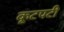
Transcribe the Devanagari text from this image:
कूटपटी